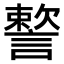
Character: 𧫷